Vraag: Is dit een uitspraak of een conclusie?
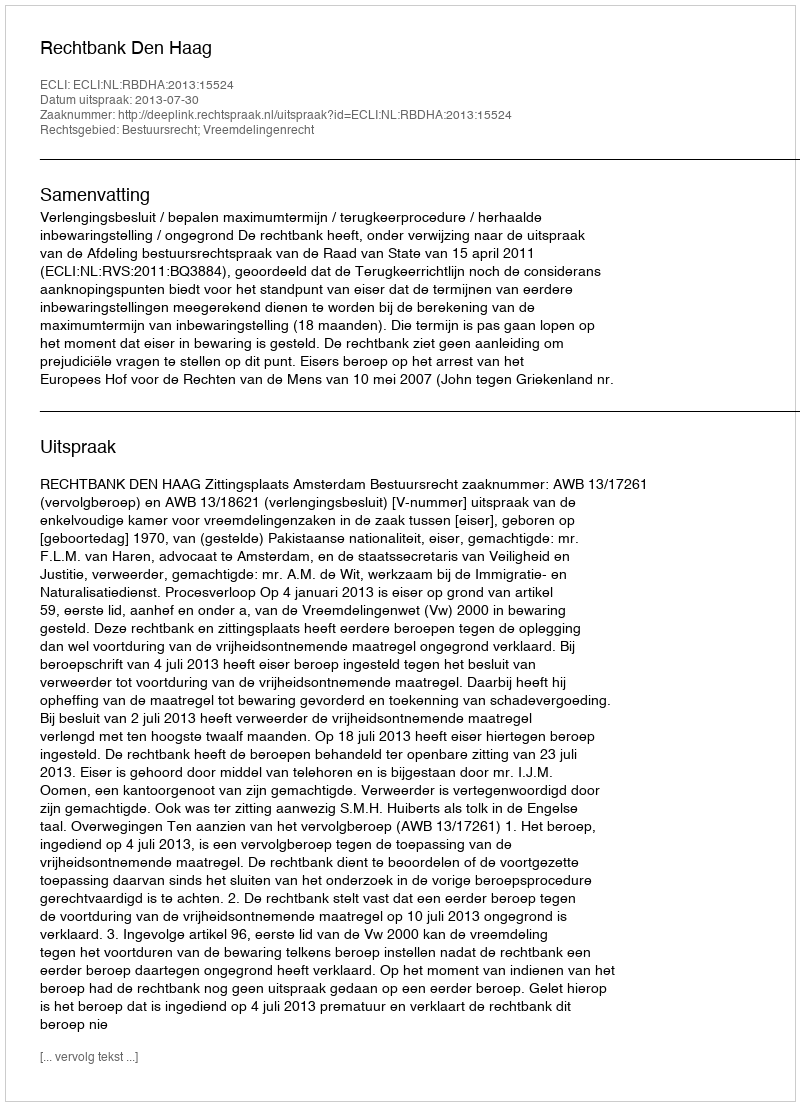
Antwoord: Uitspraak